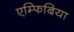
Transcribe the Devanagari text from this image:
एम्फिबिया